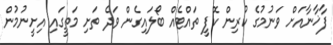
ފާޚާނާއަށް ވަނުމުގެ ކުރިން ކޮފީ ތައްޓެއް ބޯލައިގެން ވަދެ ތަށި މަތީގައި އިށީނުމުން